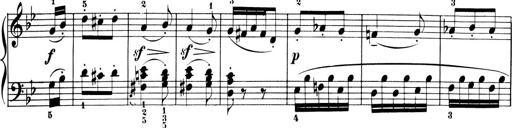
Title: 6 Piano Sonatinas
Composer: Cornelius Gurlitt